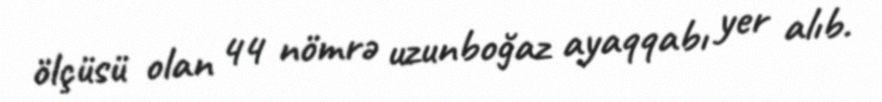
ölçüsü olan 44 nömrə uzunboğaz ayaqqabı yer alıb.